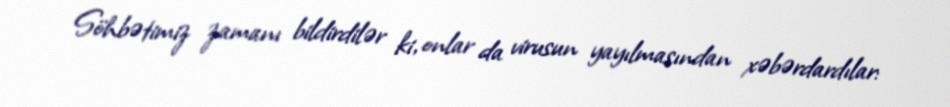
Söhbətimiz zamanı bildirdilər ki, onlar da virusun yayılmasından xəbərdardılar: